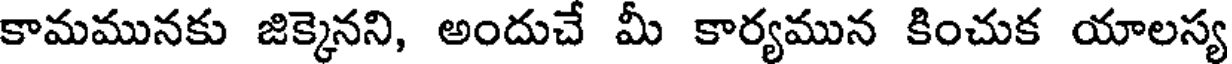
కామమునకు జిక్కెనని, అందుచే మీ కార్యమున కించుక యాలస్య